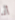
أنا